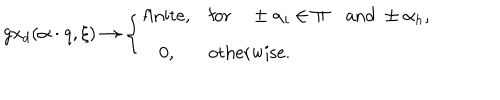
g x _ { d } ( \alpha \cdot q , \xi ) \to \left\{ \begin{array} { c l } { { \mathrm { f i n i t e } , } } & { { \mathrm { f o r } \quad \pm \alpha _ { i } \in \Pi \quad \mathrm { a n d } \ \pm \alpha _ { h } , } } \\ { { 0 , } } & { { \mathrm { o t h e r w i s e . } } } \\ \end{array} \right.